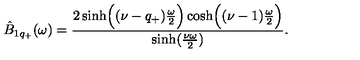
\hat { B } _ { 1 q _ { + } } ( \omega ) = { \frac { 2 \sinh \Bigl ( ( \nu - q _ { + } ) { \frac { \omega } { 2 } } \Bigr ) \cosh \Bigl ( ( \nu - 1 ) { \frac { \omega } { 2 } } \Bigr ) } { \sinh ( { \frac { \nu \omega } { 2 } } ) } } .